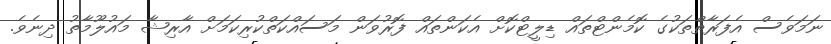
ނަމަވެސް އެފަރާތްތަކުގެ ކޮމެންޓްތައް ޑިލީޓްކޮށް އެކަންތައް ފޮރުވަން މަސައްކަތްކުރިކަމަށް އާރިޝާ މައުލޫމާތު ދިނެވެ.